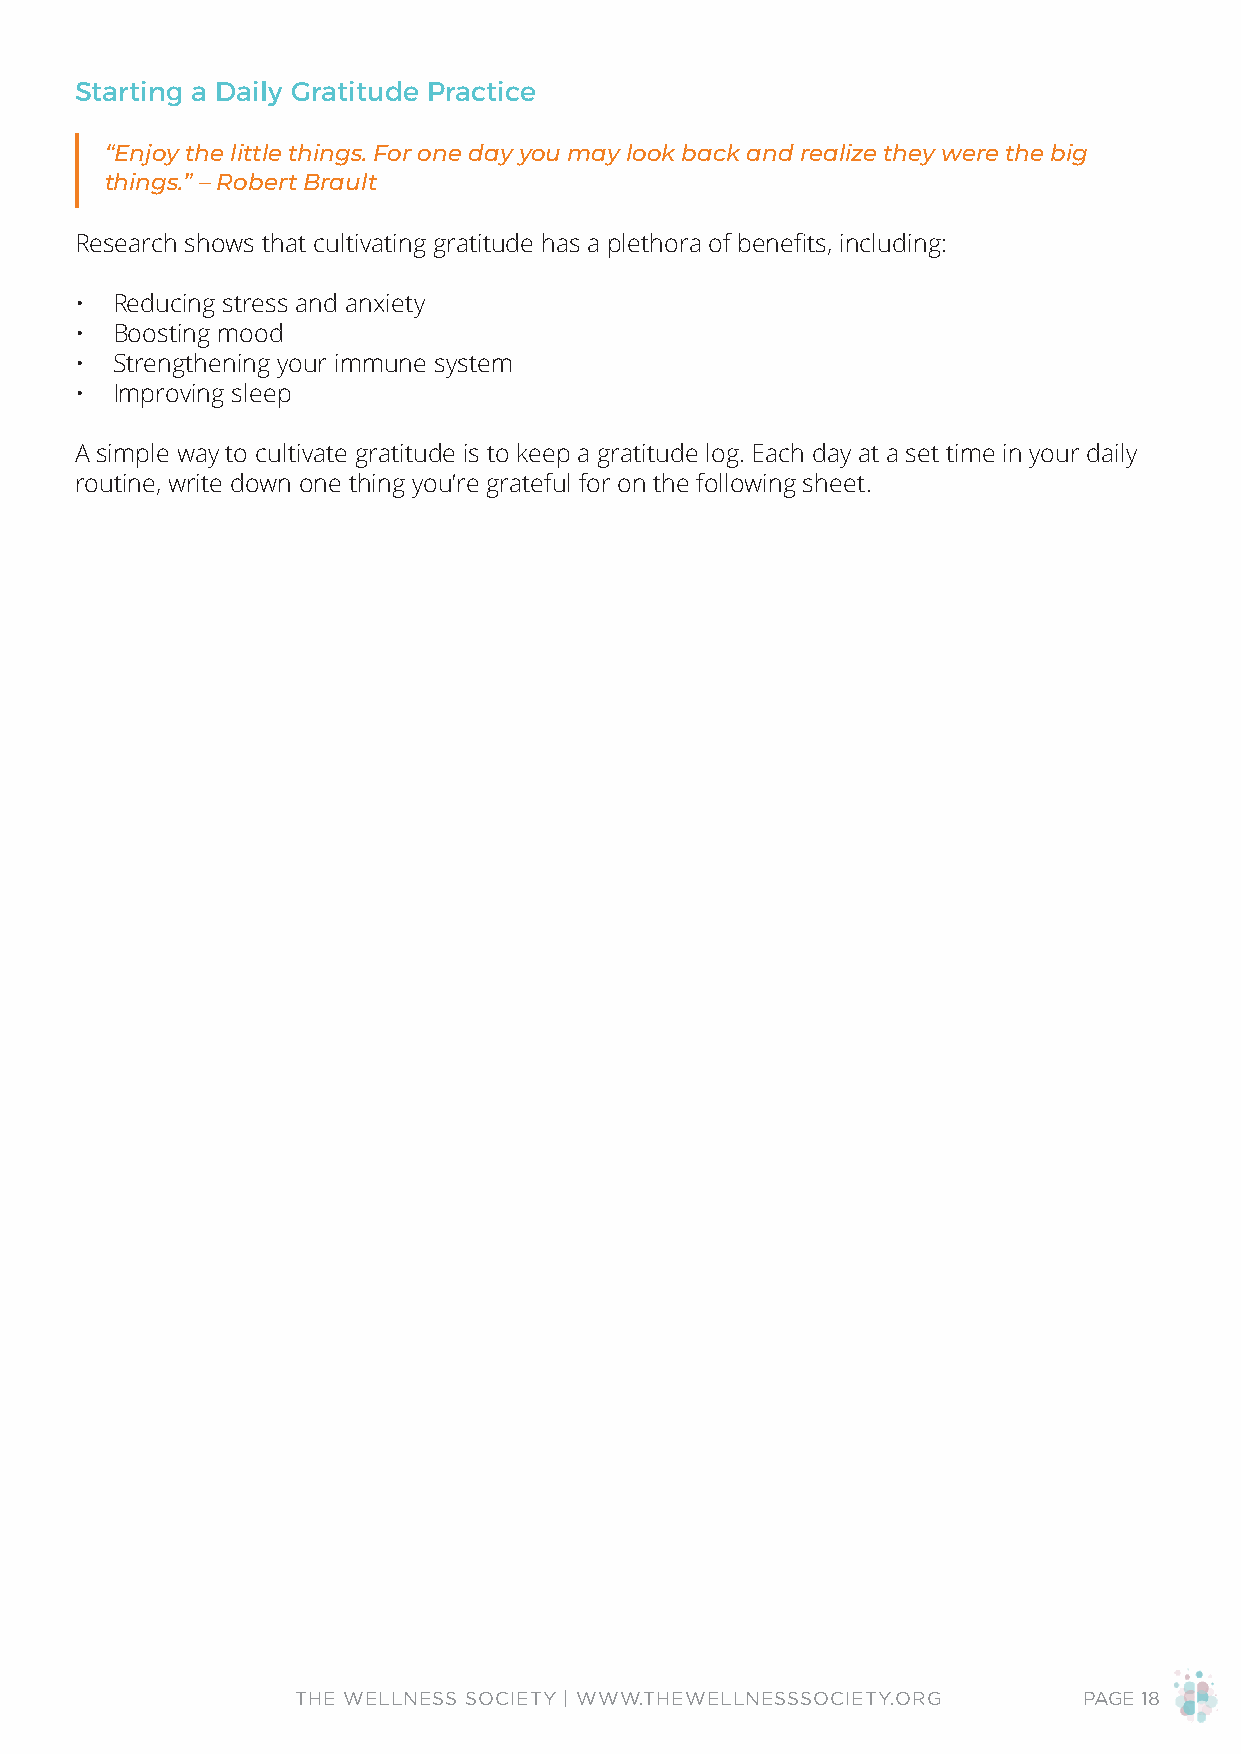
Starting a Daily Gratitude Practice
 “Enjoy the little things. For one day you may look back and realize they were the big
 things.” – Robert Brault
 Research shows that cultivating gratitude has a plethora of benefits, including:
 • Reducing stress and anxiety
 • Boosting mood
 • Strengthening your immune system
 • Improving sleep
 A simple way to cultivate gratitude is to keep a gratitude log. Each day at a set time in your daily
 routine, write down one thing you’re grateful for on the following sheet.
 THE WELLNESS SOCIETY | WWW.THEWELLNESSSOCIETY.ORG   PAGE 18